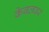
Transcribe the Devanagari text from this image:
केबलवर